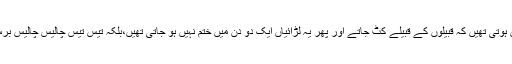
ذرا ذرا سی بات پر اس زور کی لڑائیاں ہوتی تھیں کہ قبیلوں کے قبیلے کٹ جاتے اور پھر یہ لڑائیاں ایک دو دن میں ختم نہیں ہو جاتی تھیں،بلکہ تیس تیس چالیس چالیس برس تک برابر تلواریں کھنچی رہتی تھیں۔